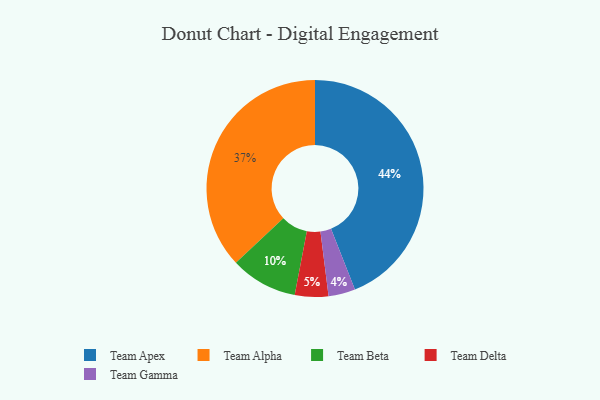
{"axis": {"x": "Category", "y": "Percentage"}, "legend": ["Team Alpha", "Team Apex", "Team Beta", "Team Delta", "Team Gamma"], "data": [{"x": "Team Delta", "y": 5, "type": "Team Delta"}, {"x": "Team Gamma", "y": 4, "type": "Team Gamma"}, {"x": "Team Apex", "y": 44, "type": "Team Apex"}, {"x": "Team Alpha", "y": 37, "type": "Team Alpha"}, {"x": "Team Beta", "y": 10, "type": "Team Beta"}]}